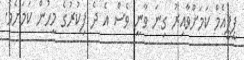
ޕީޕީއެމް ކަމަށްވާއިރު ގިނަ ވާނީ ވެސް އެ ދެ ފިކުރުގެ މީހުން ކަމަށެވެ.